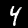
Digit: 4